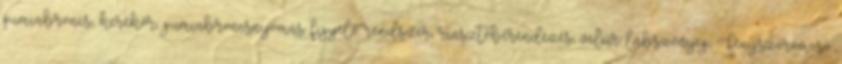
gumiabroncs, kerékőr, gumiabroncsnyomás figyelő rendszer, riasztóberendezés, velúr lábszőnyeg, Fényszórómosó